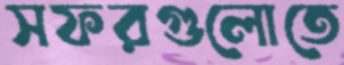
সফরগুলোতে